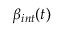
\beta _ { i n t } ( t )